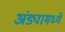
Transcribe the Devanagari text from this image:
अंड्यामध्ये